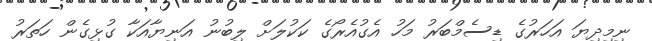
ނިމިދިޔަ އަހަރުގެ ޑިސެމްބަރު މަހު އެގުއެރޯގެ ކަކުލަށް ލިބުނު އަނިޔާއަކާ ގުޅިގެން ހަތަރު